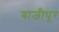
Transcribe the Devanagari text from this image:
बाजीपूर